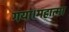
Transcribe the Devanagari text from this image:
गया।महात्मा